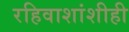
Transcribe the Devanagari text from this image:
रहिवाशांशीही